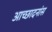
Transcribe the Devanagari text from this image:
आच्छादनांस